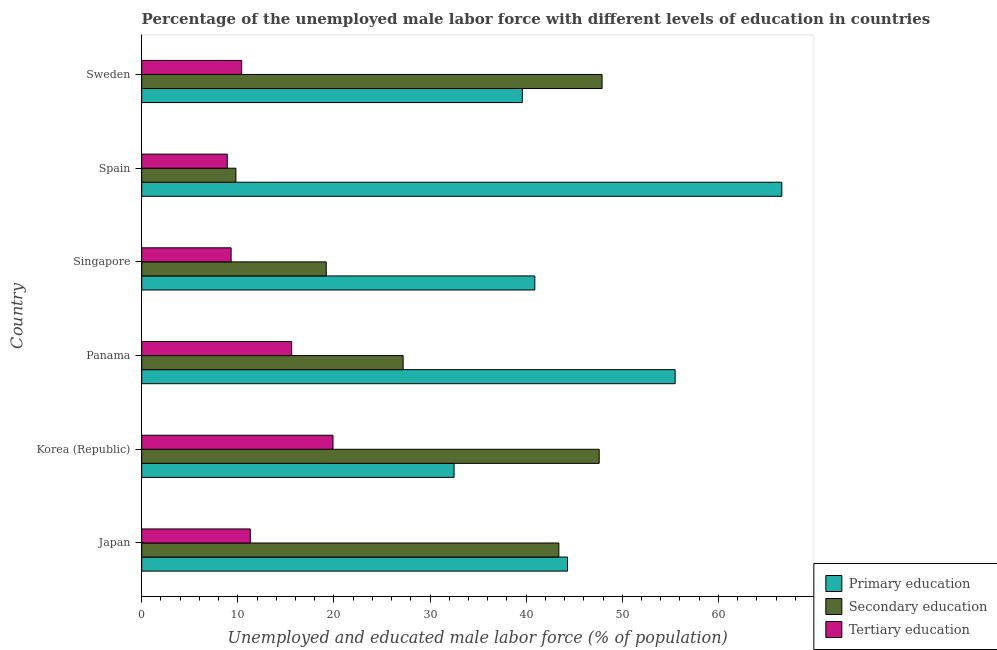
| Country | Primary education | Secondary education | Tertiary education |
 | --- | --- | --- | --- |
 | Japan | 44.3 | 43.4 | 11.3 |
 | Korea (Republic) | 32.5 | 47.6 | 19.9 |
 | Panama | 55.5 | 27.2 | 15.6 |
 | Singapore | 40.9 | 19.2 | 9.3 |
 | Spain | 66.6 | 9.8 | 8.9 |
 | Sweden | 39.6 | 47.9 | 10.4 |